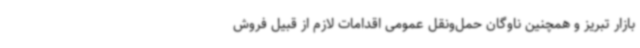
بازار تبریز و همچنین ناوگان حمل‌ونقل عمومی اقدامات لازم از قبیل فروش